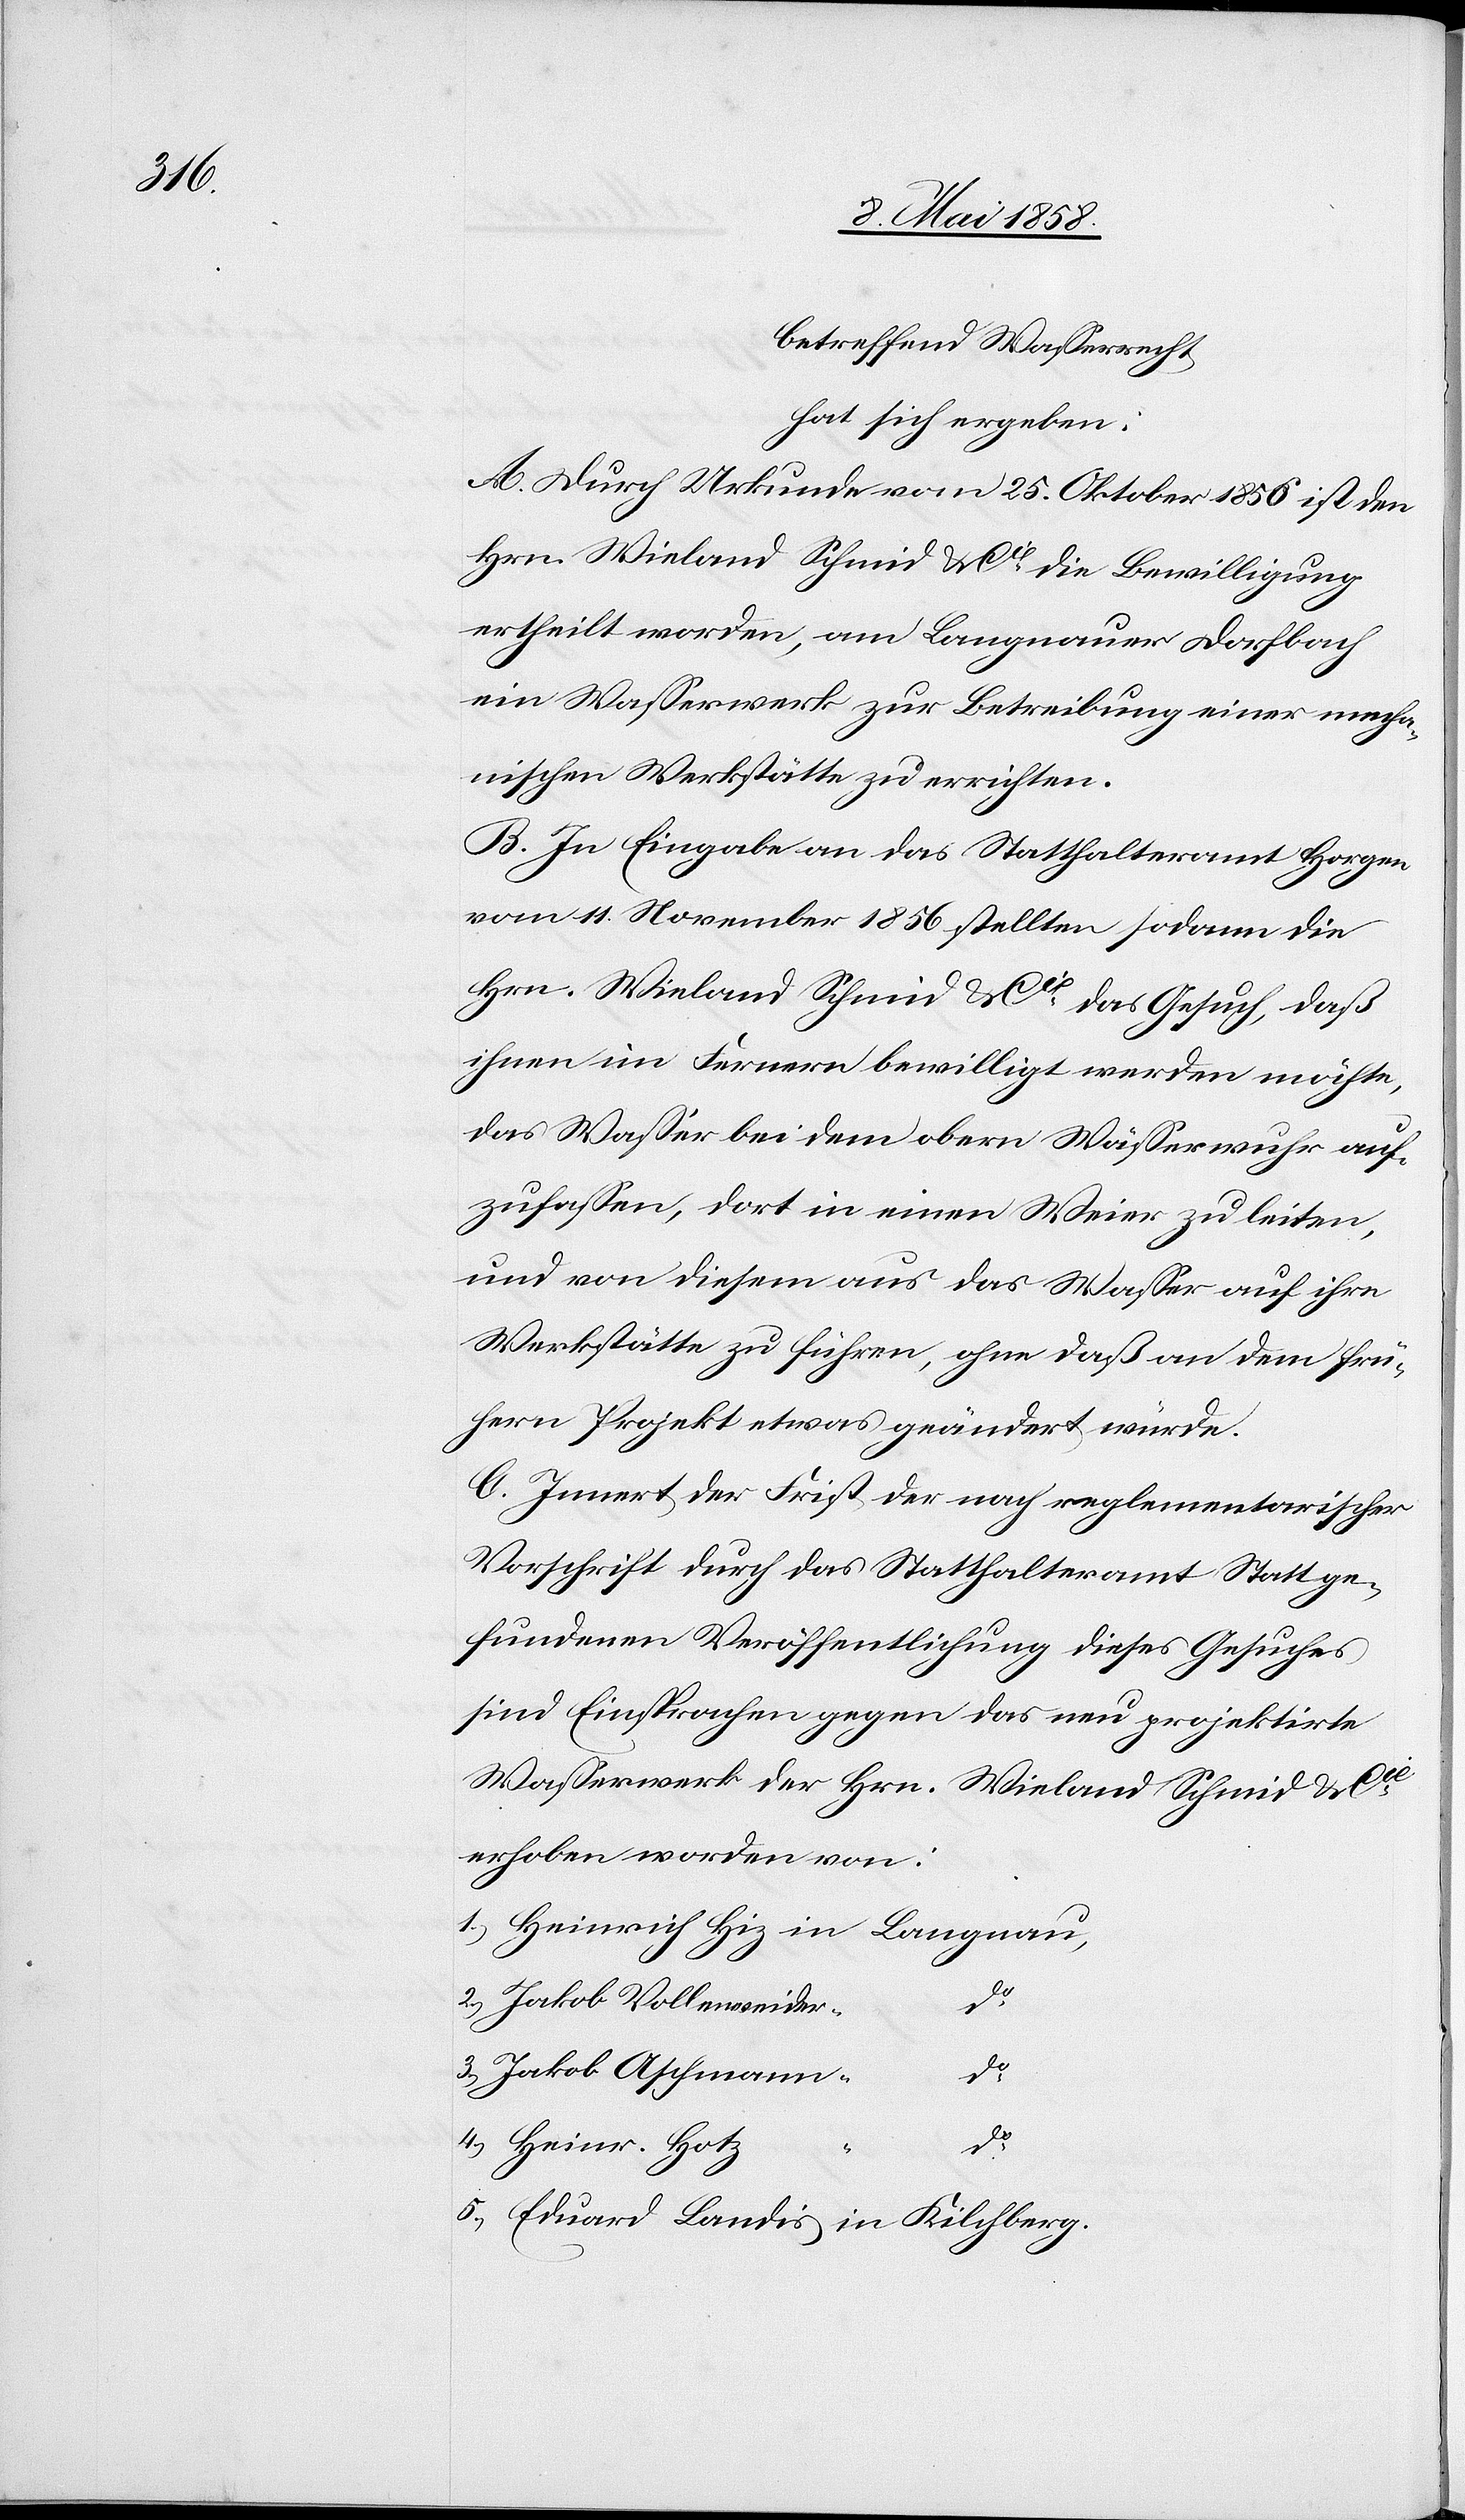
betreffend Wasserwerk
hat sich ergeben:
A. Durch Urkunde vom 25. Oktober 1856 ist den
Hrn. Wieland Schmid & Cie die Bewilligung
ertheilt worden, am Langnauer Dorfbach
ein Wasserwerk zur Betreibung einer mecha¬
nischen Werkstätte zu errichten.
B. In Eingabe an das Statthalteramt Horgen
vom 11. November 1856 stellten sodann die
Hrn. Wieland Schmid & Cie das Gesuch, daß
ihnen im Fernern bewilligt werden möchte,
das Wasser bei dem obern Wässerwuhr auf¬
zufassen, dort in einen Weier zu leiten,
und von diesem aus das Wasser auf ihre
Werkstätte zu führen, ohne daß an dem frü¬
hern Projekt etwas geändert würde.
C. Innert der First der nach reglementarischer
Vorschrift durch das Statthalteramt Statt ge¬
fundenen Veröffentlichung dieses Gesuches
sind Einsprachen gegen das neu projektirte
Wasserwerk der Hrn. Wieland Schmid & Cie
erhoben worden von:
2.) Jakob Vollenweider
do
3.) Jakob Aschmann
4.) Heinr. Hotz
5.)